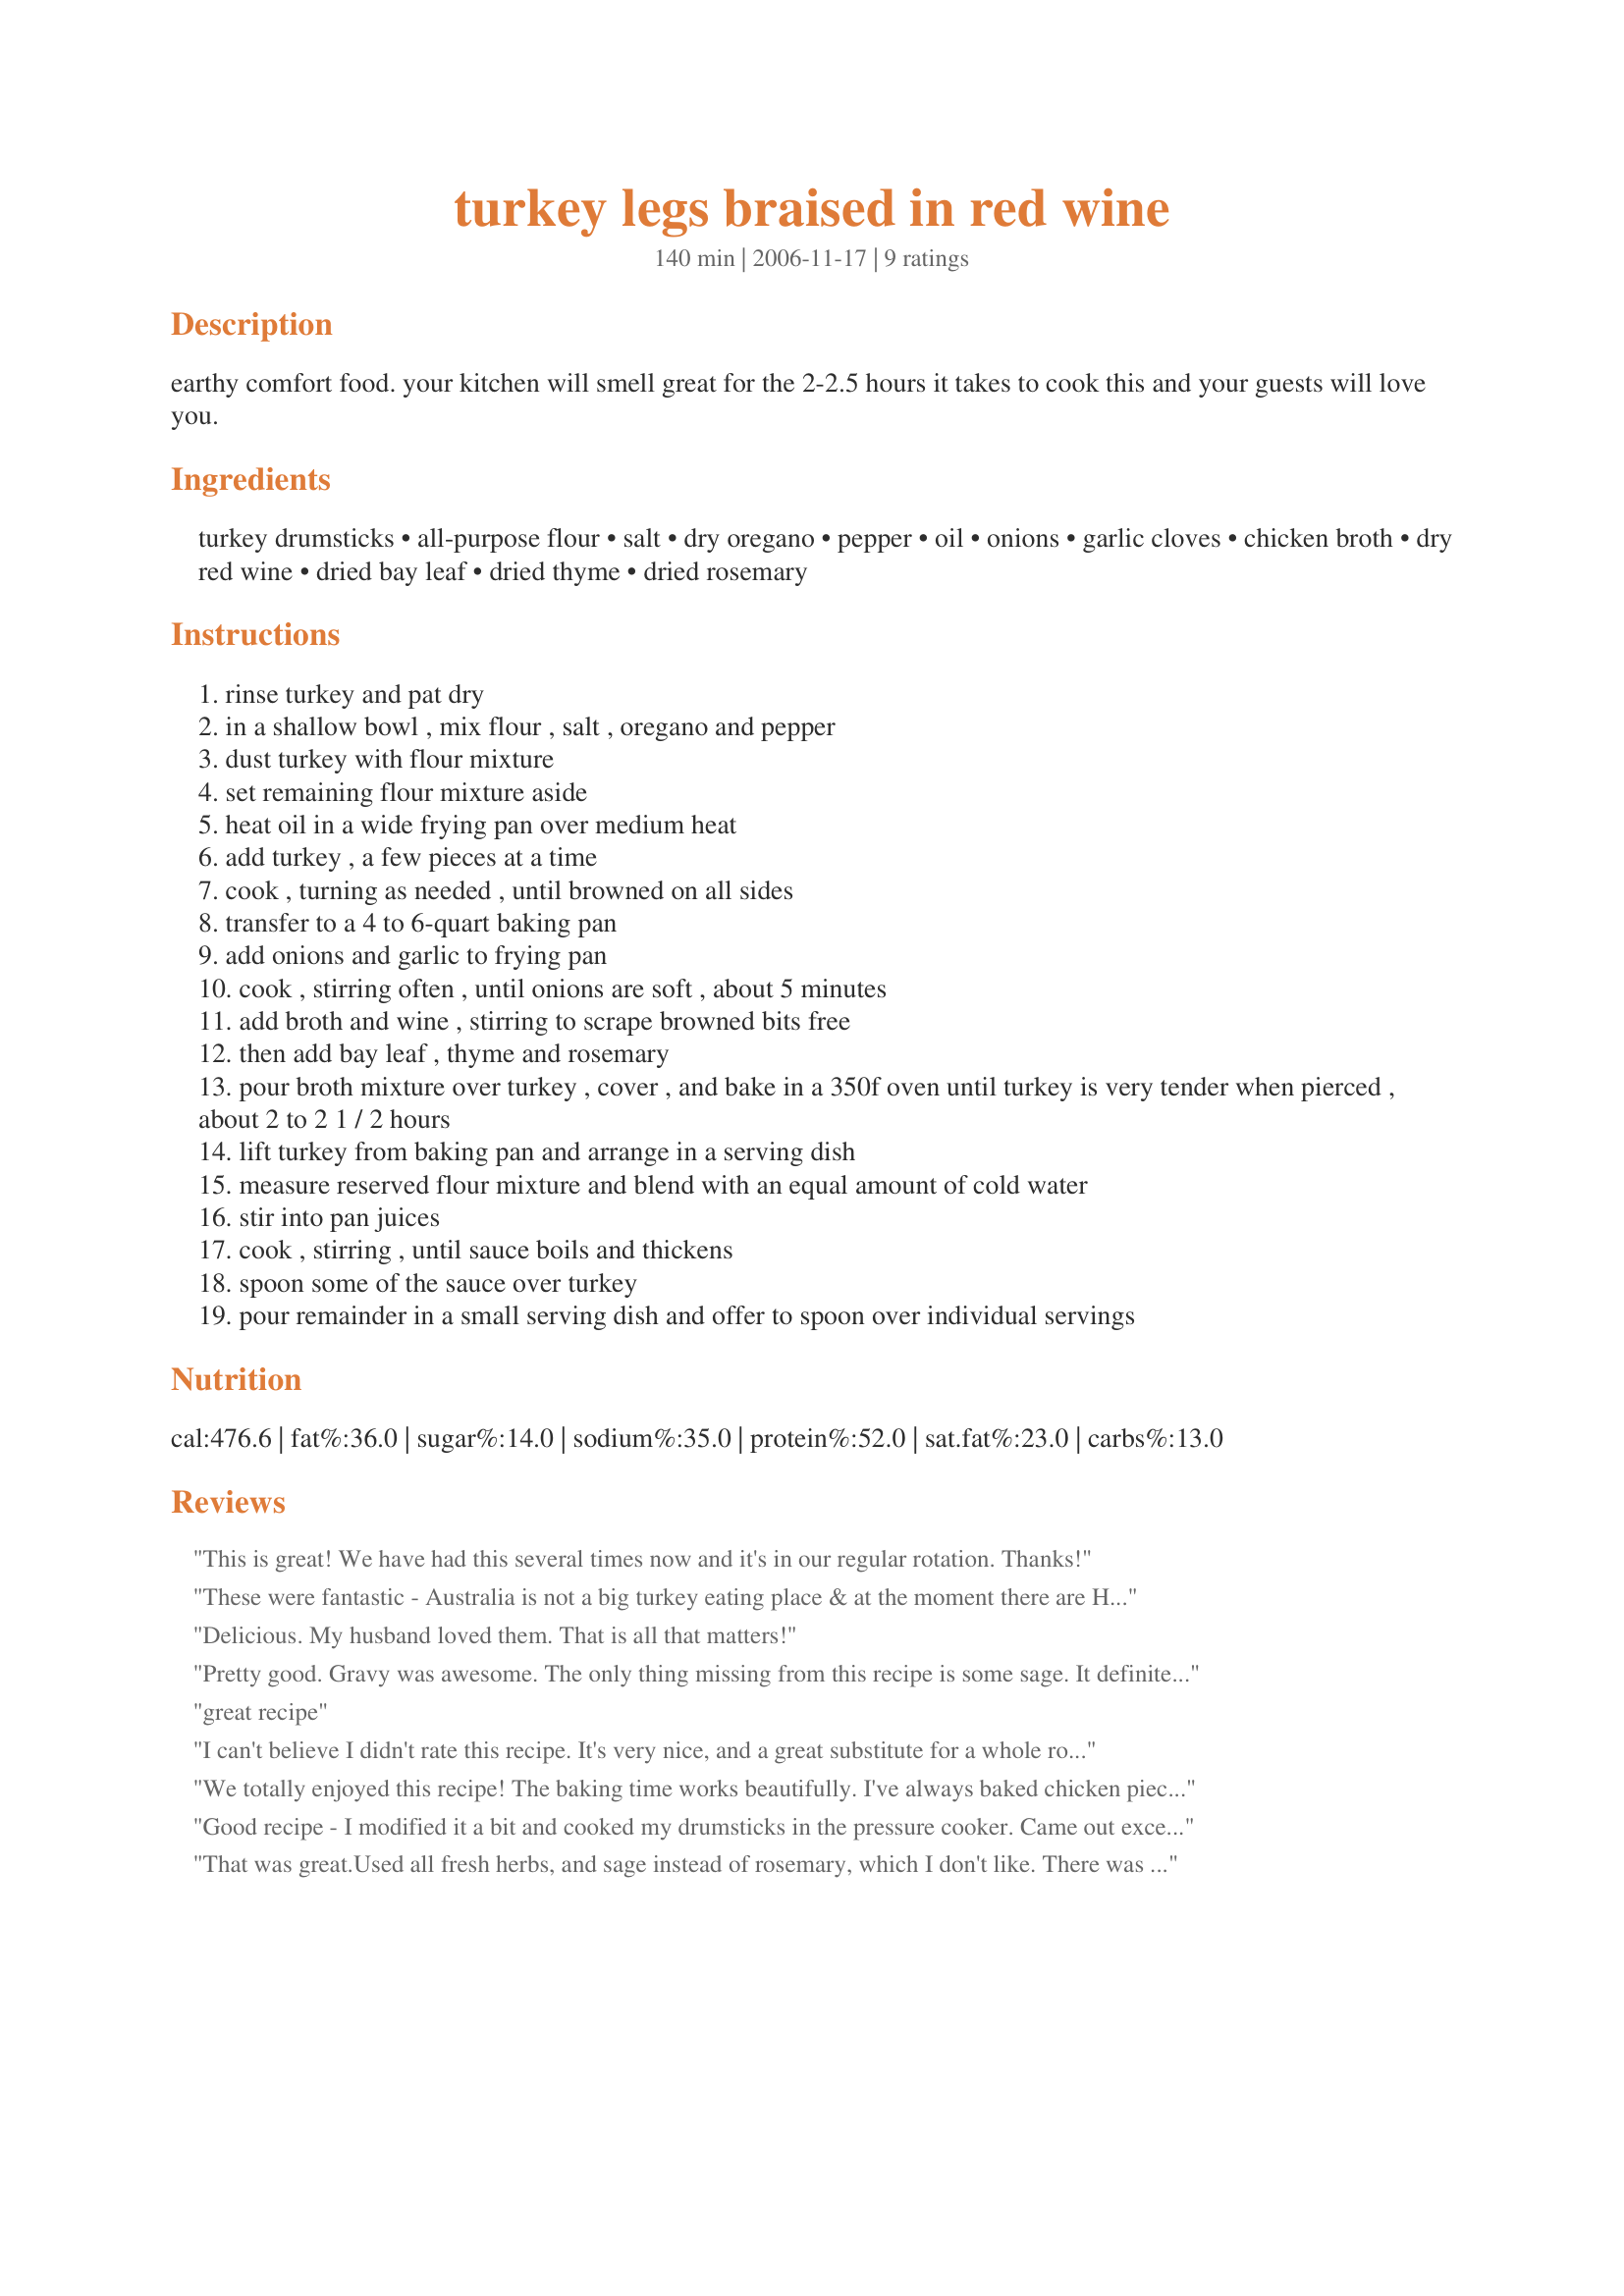
turkey legs braised in red wine
Preparation time: 140 minutes

earthy comfort food. your kitchen will smell great for the 2-2.5 hours it takes to cook this and your guests will love you.

Ingredients:
turkey drumsticks, all-purpose flour, salt, dry oregano, pepper, oil, onions, garlic cloves, chicken broth, dry red wine, dried bay leaf, dried thyme, dried rosemary

Steps:
rinse turkey and pat dry
in a shallow bowl , mix flour , salt , oregano and pepper
dust turkey with flour mixture
set remaining flour mixture aside
heat oil in a wide frying pan over medium heat
add turkey , a few pieces at a time
cook , turning as needed , until browned on all sides
transfer to a 4 to 6-quart baking pan
add onions and garlic to frying pan
cook , stirring often , until onions are soft , about 5 minutes
add broth and wine , stirring to scrape browned bits free
then add bay leaf , thyme and rosemary
pour broth mixture over turkey , cover , and bake in a 350f oven until turkey is very tender when pierced , about 2 to 2 1 / 2 hours
lift turkey from baking pan and arrange in a serving dish
measure reserved flour mixture and blend with an equal amount of cold water
stir into pan juices
cook , stirring , until sauce boils and thickens
spoon some of the sauce over turkey
pour remainder in a small serving dish and offer to spoon over individual servings

Reviews:
This is great! We have had this several times now and it's in our regular rotation. Thanks!
These were fantastic - Australia is not a big turkey eating place & at the moment there are HUGE turkey legs on special for $4.00 for 2.
I used fresh herbs, they were so tender Turkey is ether tough or just right no one could fail with this.
Next time I will try a bit of Vietnamese mint and a drop of liquid smoke
Delicious. My husband loved them. That is all that matters!
Pretty good. Gravy was awesome. The only thing missing from this recipe is some sage. It definitely made something nice out of a cheap leg of turkey.
great recipe
I can't believe I didn't rate this recipe. It's very nice, and a great substitute for a whole roasted turkey for Thanksgiving or Christmas. YUM! The drumsticks got a little overcooked the second time I tried this, so make sure to watch the cook time. But the drippings make the most delicious gravy I've ever, ever had. Just TOO good. Thanks so much! I'll probably be making this again for Thanskgiving this year. It's much easier to do this for two than make a whole turkey.
We totally enjoyed this recipe! The baking time works beautifully. I've always baked chicken pieces at one temperature the entire time in the oven. Baking at the higher temperature gets the meat cooking then the lower temperature finishes it without drying it out. I will bake chicken this way from now on! It is juicy, tender, and melts in your mouth. An unusual occurance for meat but a delicious one!!!!
Good recipe - I modified it a bit and cooked my drumsticks in the pressure cooker. Came out excellent. I browned the legs first then proceeded with the recipe pretty much the same way - just in the pressure cooker for about 20 minutes or so. Very tender , very tasty ! Made gravy with the juices and served with mashed potatoes & veggies, hubby and 2 year old devoured it all. Thanks !
That was great.Used all fresh herbs, and sage instead of rosemary, which I don't like. There was nothing left. Will do this again
